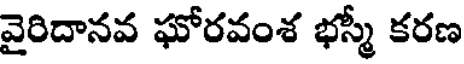
వైరిదానవ ఘోరవంశ భస్మీ కరణ